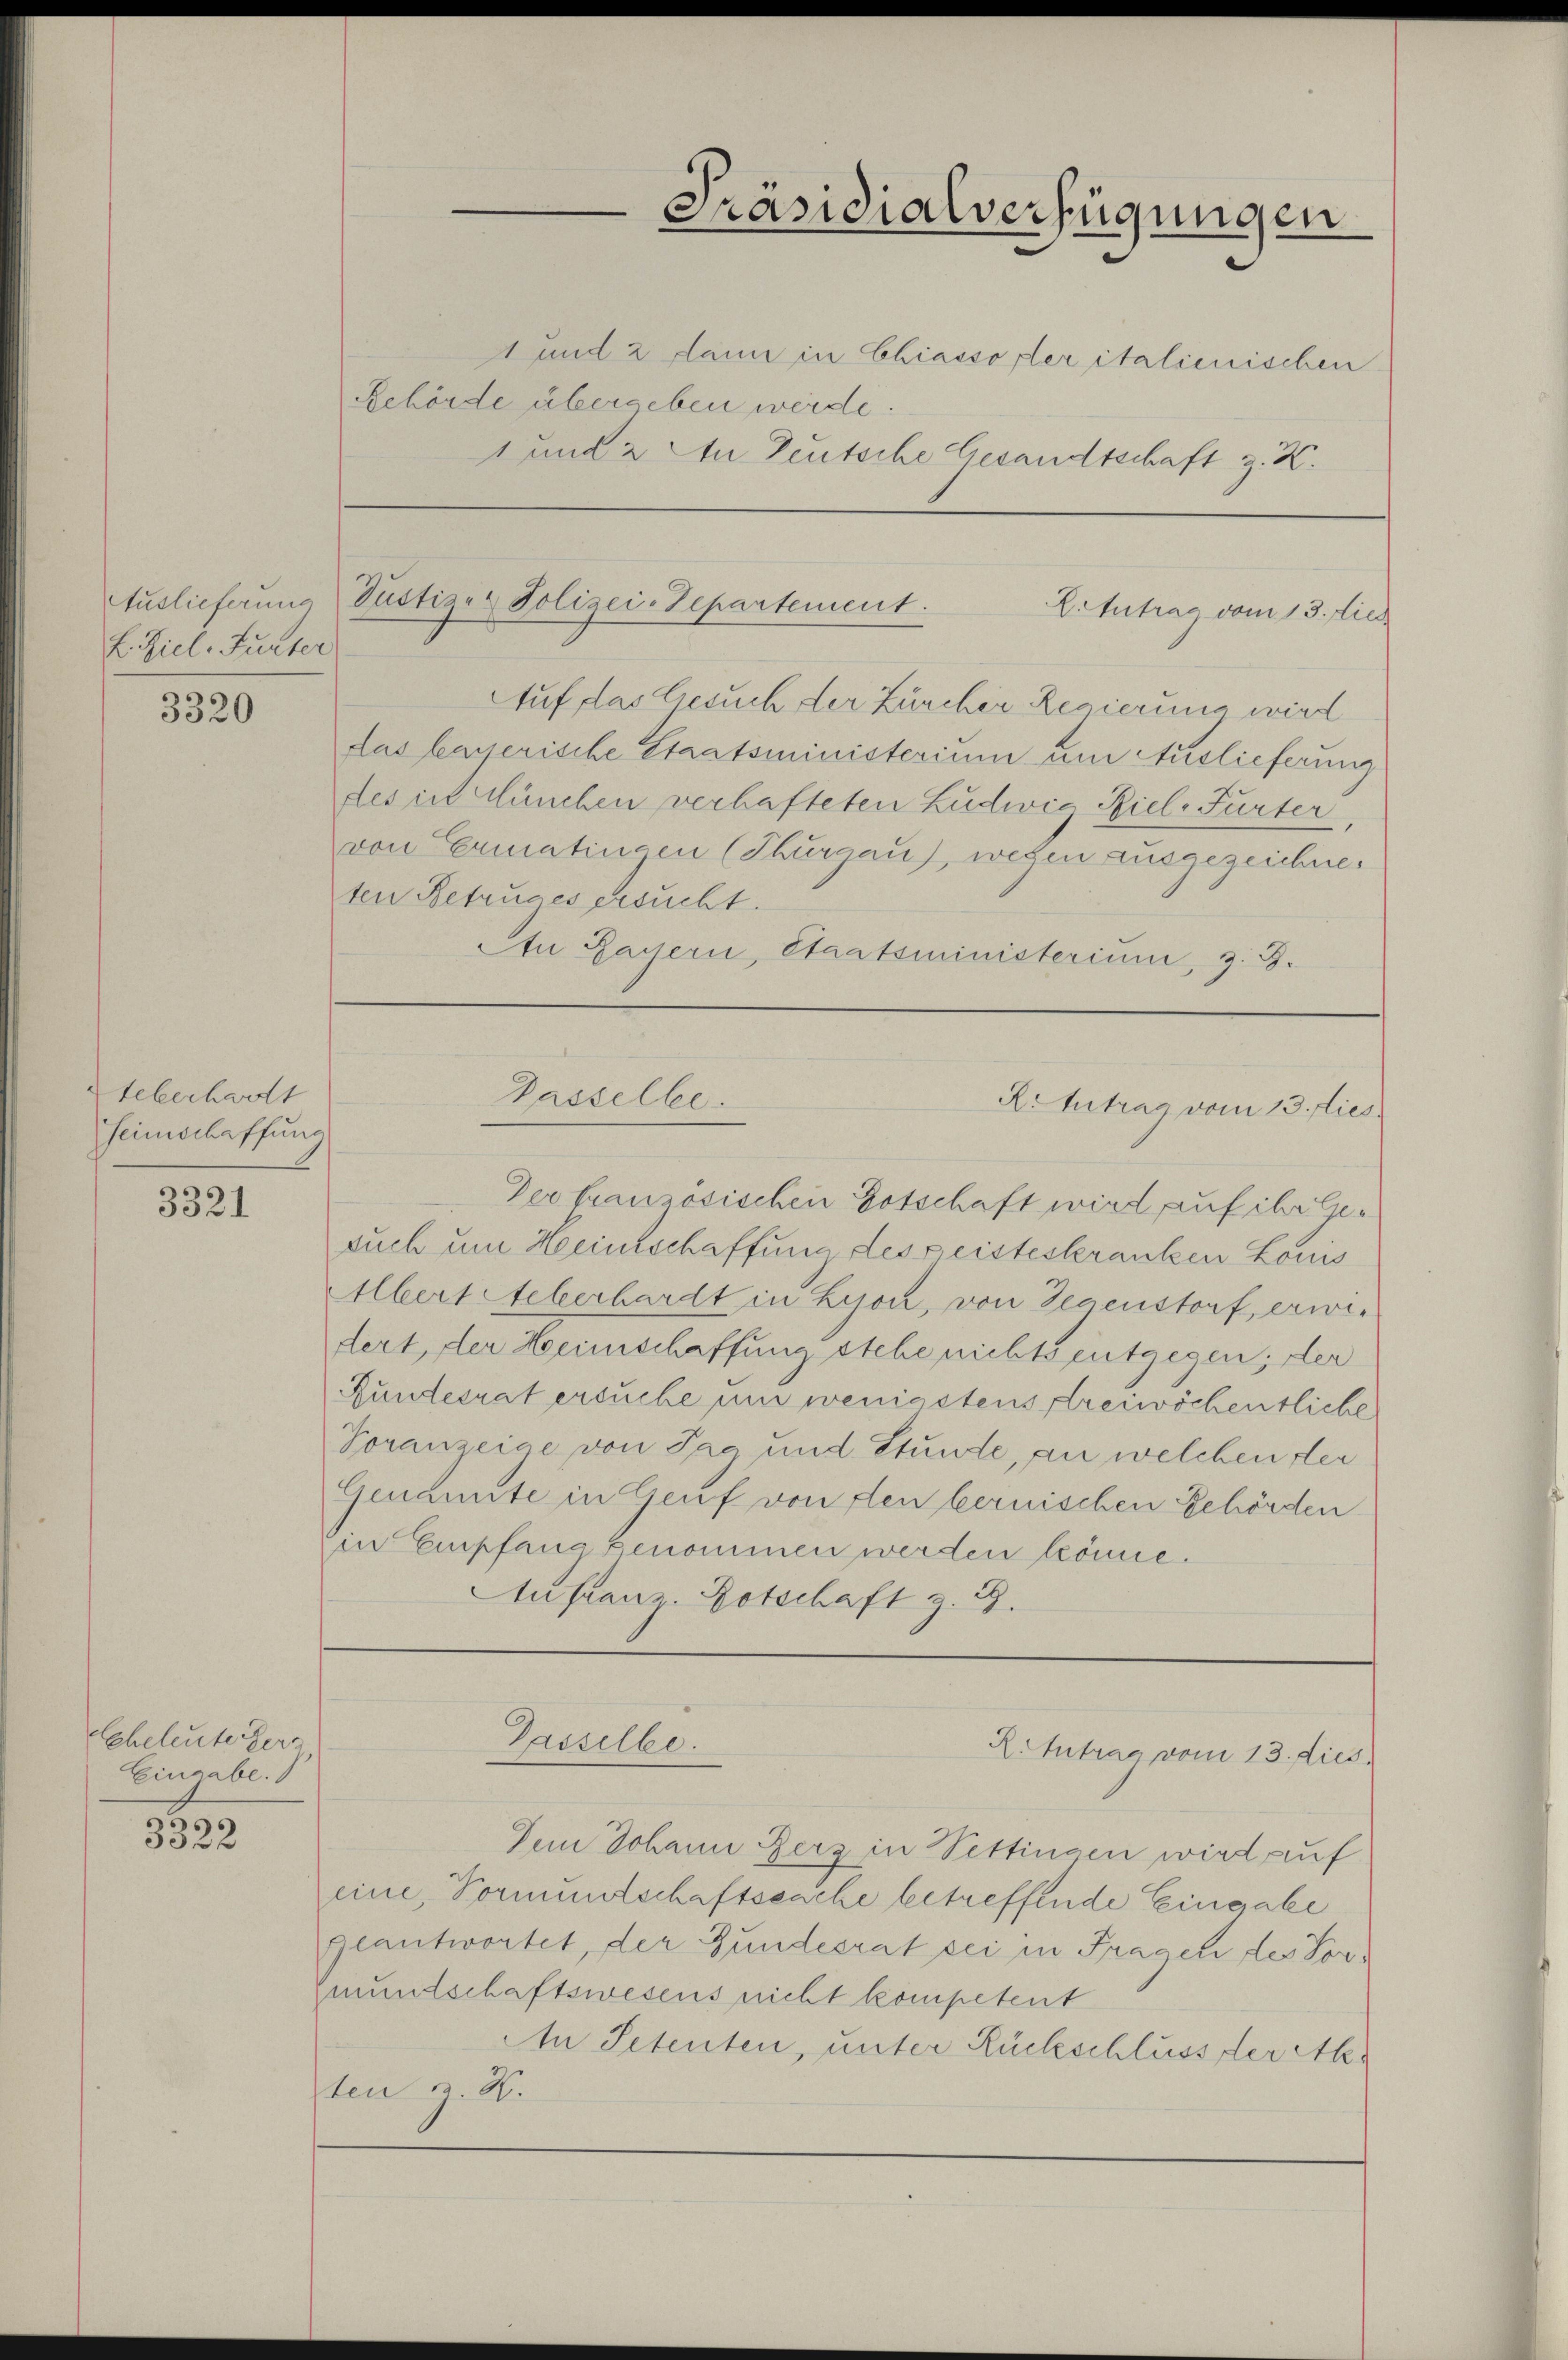
Auslieferung
L. Ziel, Furter

3320

tebechwort
Heimschaffung

3321

Eheleute erz
Eingabe.

3523

und 2 dann in Chiasso der italienischen
Behörde übergeben werde.
1 und 2 An Deutsche Gesandtschaft z. K.

Präsidialverfügungen

Justiz- & Polizei-Departement.
E.Intrag vom 13. dies

Dasselbe.
R. Antrag vom 13. lies

Auf das Gesuch der Zürcher Regierung wird
das kayerische Staatsministerium um Auslieferung
des ist München verhafteten Zudwig Ziel-Furter
von Ermatingen (Thurgau, wegen ausgezeichneten Betruges ersucht.
An Payern, Staatsministerium, z. B.

Der französischen Botschaft wird auf ihr Gesuch um Heintschaffung des geisteskranken Louis
Albert Aeberhardt in Lyon, von Gegenstorf, erwie
dert, der Heimschaffung stehe nichts entgegen; der
Rundesrat ersuche um wenigstens Freiwöchentliche
Voranzeige von Tag und Stunde, an welchen der
Genante in Genf von den bernischen Gehörden
in Empfang genommen werden könne.
AAn franz Botschaft z. B.

Gasselbe.

Dem Johann Herz in Pettingen wird auf
eine, Vormundschaftssache betreffende Eingabe
geantwortet, der Gundesrat sei in Fragen des For¬
Gmundschaftswesens nicht kompetent
An Petenten, unter Rückschluss der Akten z. B.

X. Antrag vom 13. dies